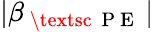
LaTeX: |\beta_{\mathrm{~\textsc~{~P~E~}~}}|